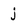
Character: j